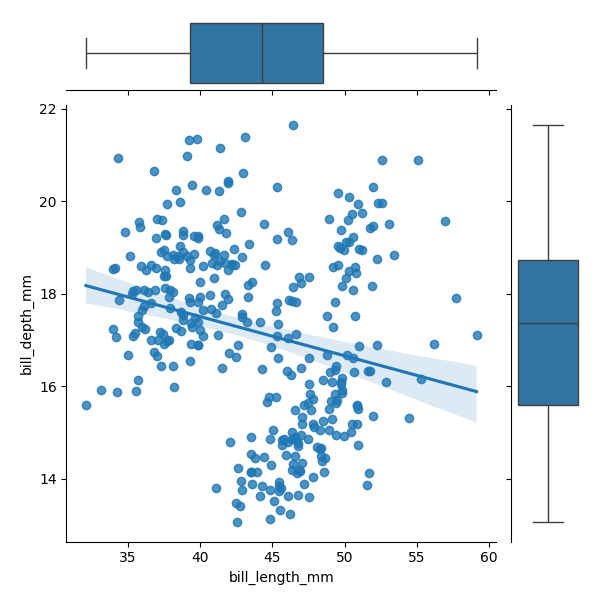
python, seaborn, JointGrid, regplot, boxplot